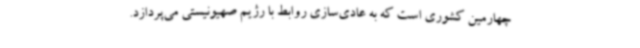
چهارمین کشوری است که به عادی‌سازی روابط با رژیم صهیونیستی می‌پردازد.